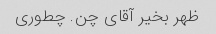
ظهر بخیر آقای چن. چطوری